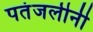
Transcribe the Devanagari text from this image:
पतंजलीनी